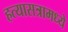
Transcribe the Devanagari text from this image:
हत्यासत्रामध्ये